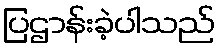
ပြဌာန်းခဲ့ပါသည်